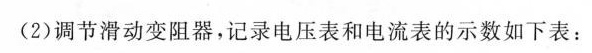
(2)调节滑动变阻器，记录电压表和电流表的示数如下表：